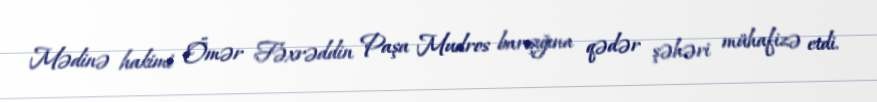
Mədinə hakimi Ömər Fəxrəddin Paşa Mudros barışığına qədər şəhəri mühafizə etdi.